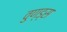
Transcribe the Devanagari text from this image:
वुण्ड्स